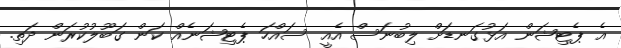
އެ ޕެޓިޝަން އަޅުގަނޑަށް ލިބުނަސް އެއީ ސައްހަ ޕެޓިޝަނެއް ކަން ގަބޫލުކުރަން ދަތި.